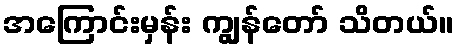
အကြောင်းမှန်း ကျွန်တော် သိတယ်။